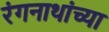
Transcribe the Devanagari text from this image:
रंगनाथांच्या